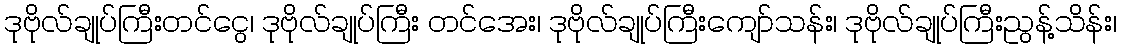
ဒုဗိုလ်ချုပ်ကြီးတင်ငွေ၊ ဒုဗိုလ်ချုပ်ကြီး တင်အေး၊ ဒုဗိုလ်ချုပ်ကြီးကျော်သန်း၊ ဒုဗိုလ်ချုပ်ကြီးညွန့်သိန်း၊